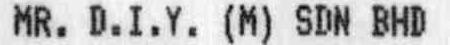
MR. D.I.Y. (M) SDN BHD